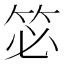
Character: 𮅆